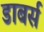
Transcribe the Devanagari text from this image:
डाबर्स